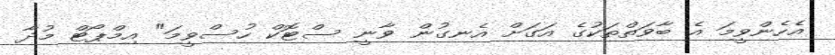
އެހެންވީމަ އެ ބާވަތްތަކުގެ އަގަށް އެނގުން ވާނީ ސްޓޮކް ހުސްވީމަ" އިމްޕޯޓް މުދާ